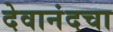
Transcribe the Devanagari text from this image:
देवानंदचा